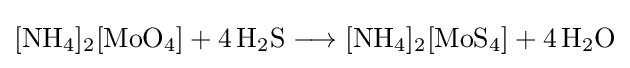
{[\mathrm {NH} {\vphantom {A}}_{\smash[{t}]{4}}]{\vphantom {A}}_{\smash[{t}]{2}}[\mathrm {MoO} {\vphantom {A}}_{\smash[{t}]{4}}]{}+{}4\,\mathrm {H} {\vphantom {A}}_{\smash[{t}]{2}}\mathrm {S} {}\mathrel {\longrightarrow } {}[\mathrm {NH} {\vphantom {A}}_{\smash[{t}]{4}}]{\vphantom {A}}_{\smash[{t}]{2}}[\mathrm {MoS} {\vphantom {A}}_{\smash[{t}]{4}}]{}+{}4\,\mathrm {H} {\vphantom {A}}_{\smash[{t}]{2}}\mathrm {O} }